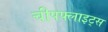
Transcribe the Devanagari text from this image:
चीपफ्लाइट्स